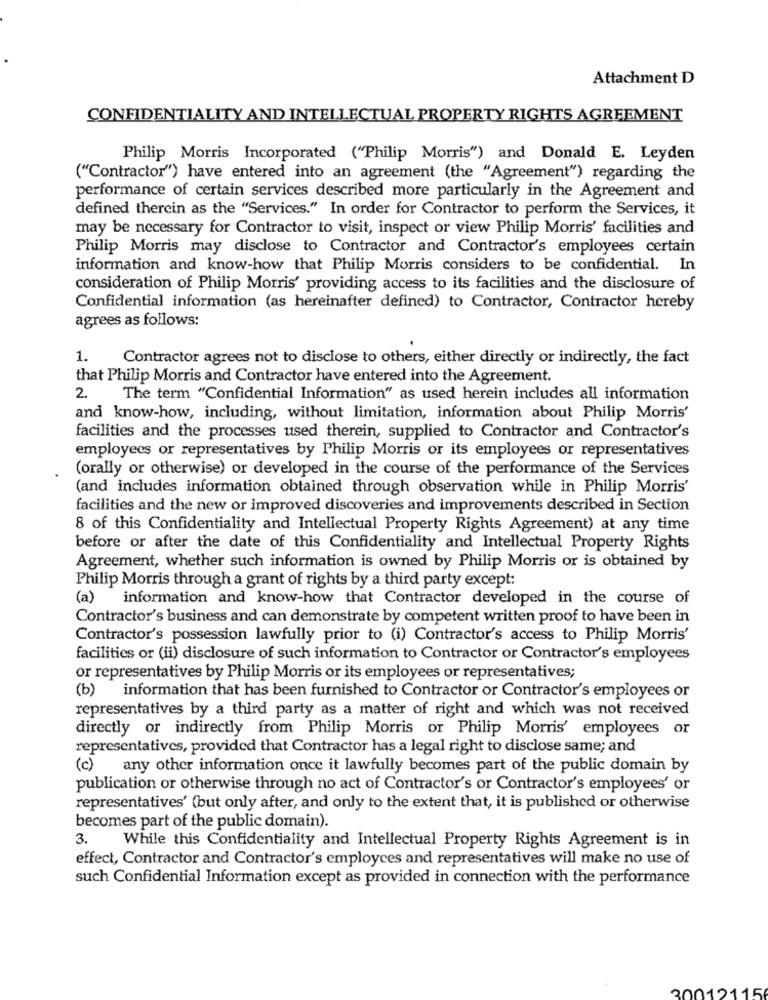
Attachment D
CONFIDENTIALITY AND INTELLECTUAL PROPERTY RIGHTS AGREEMENT
Philip Morris Incorporated ("Philip Morris") and Donald E. Leyden
("Contractor") have entered into an agreement (the "Agreement") regarding the
performance of certain services described more particularly in the Agreement and
defined thercin as the "Services." In order for Contractor to perform the Services, it
may be necessary for Contractor to visit, inspect or view Philip Morris' facilities and
Philip Morris may disclose to Contractor and Contractor's employees certain
information and know-how that Philip Morris considers to be confidential. In
consideration of Philip Morris' providing access to its facilities and the disclosure of
Confidential information (as hereinafter defined) to Contractor, Contractor hereby
agrees as follows:
1.
Contractor agrees not to disclose to others, either directly or indirectly, the fact
that Philip Morris and Contractor have entered into the Agreement.
2.
The term "Confidential Information" as used herein includes all information
and know-how, including, without limitation, information about Philip Morris'
facilities and the processes used therein, supplied to Contractor and Contractor's
employees or representatives by Philip Morris or its employees or representatives
(orally or otherwise) or developed in the course of the performance of the Services
(and includes information obtained through observation while in Philip Morris'
facilities and the new or improved discoveries and improvements described in Section
8 of this Confidentiality and Intellectual Property Rights Agreement) at any time
before or after the date of this Confidentiality and Intellectual Property Rights
Agreement, whether such information is owned by Philip Morris or is obtained by
Philip Morris through a grant of rights by a third party except:
(a) information and know-how that Contractor developed in the course of
Contractor's business and can demonstrate by competent written proof to have been in
Contractor's possession lawfully prior to (i) Contractor's access to Philip Morris'
facilities or (ii) disclosure of such information to Contractor or Contractor's employees
or representatives by Philip Morris or its employees or representatives;
(b) information that has been furnished to Contractor or Contractor's employees or
representatives by a third party as a matter of right and which was not received
directly or indirectly from Philip Morris or Philip Morris' employees or
representatives, provided that Contractor has a legal right to disclose same; and
(c) any other information once it lawfully becomes part of the public domain by
publication or otherwise through no act of Contractor's or Contractor's employees' or
representatives' (but only after, and only to the extent that, it is published or otherwise
becomes part of the public domain).
3. While this Confidentiality and Intellectual Property Rights Agreement is in
effect, Contractor and Contractor's employees and representatives will make no use of
such Confidential Information except as provided in connection with the performance
30012115